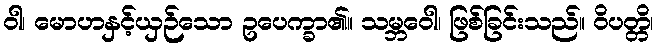
ဝါ၊ မောဟနှင့်ယှဉ်သော ဥပေက္ခာ၏။ သမ္ဘဝေါ၊ ဖြစ်ခြင်းသည်။ ဝိပတ္တိ၊